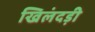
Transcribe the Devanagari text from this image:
खिलंदड़ी